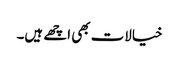
خیالات بھی اچھے ہیں۔